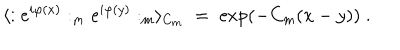
\langle : e ^ { i \varphi ( x ) } : _ { m } e ^ { i \varphi ( y ) } : _ { m } \rangle _ { C _ { m } } \; = \; \exp \left( - C _ { m } ( x - y ) \right) \; .